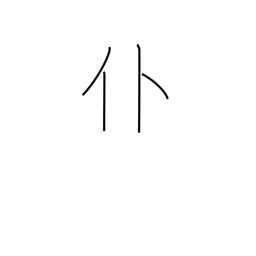
Meaning: fall